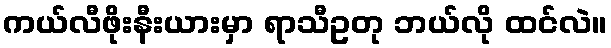
ကယ်လီဖိုးနီးယားမှာ ရာသီဥတု ဘယ်လို ထင်လဲ။